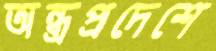
অন্ধ্রপ্রদেশে